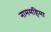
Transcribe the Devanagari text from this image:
नाममहिमा